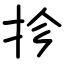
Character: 抮